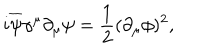
i \overline { { { \psi } } } \gamma ^ { \mu } \partial _ { \mu } \psi = \frac { 1 } { 2 } ( \partial _ { \mu } \phi ) ^ { 2 } ,